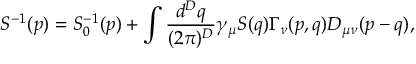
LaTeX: S ^ { - 1 } ( p ) = S _ { 0 } ^ { - 1 } ( p ) + \int { \frac { d ^ { D } q } { ( 2 \pi ) ^ { D } } } \gamma _ { \mu } S ( q ) \Gamma _ { \nu } ( p , q ) D _ { \mu \nu } ( p - q ) ,